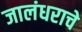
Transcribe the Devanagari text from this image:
जालंधराचे